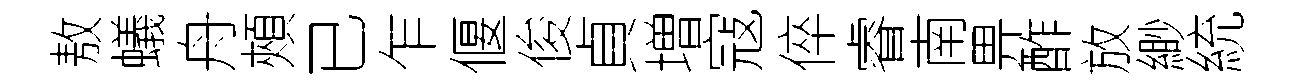
敖蟻舟頰已乍偃俊貞増寇倅睿南畀酢放緲統